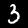
Digit: 3